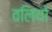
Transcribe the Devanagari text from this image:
वलियों